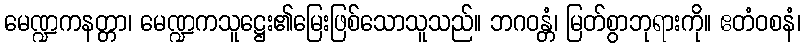
မေဏ္ဍကနတ္တာ၊ မေဏ္ဍကသူဋ္ဌေး၏မြေးဖြစ်သောသူသည်။ ဘဂဝန္တံ၊ မြတ်စွာဘုရားကို။ ဧတံဝစနံ၊